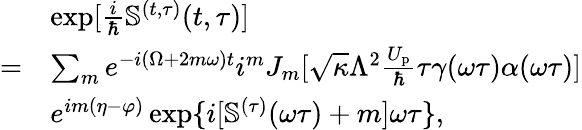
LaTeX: \begin{array}{rl}&{\exp[{\frac{i}{\hbar}\mathbb{S}^{(t,\tau)}(t,\tau)}]}\\ {=}&{\sum_{m}e^{-i(\Omega+2m\omega)t}i^{m}J_{m}[\sqrt{\kappa}\Lambda^{2}\frac{U_{\mathrm{p}}}{\hbar}\tau\gamma(\omega\tau)\alpha(\omega\tau)]}\\ &{e^{im(\eta-\varphi)}\exp\{ i[\mathbb{S}^{(\tau)}(\omega\tau)+m]\omega\tau\} ,}\end{array}